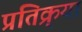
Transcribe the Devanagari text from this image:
प्रतिक्र्या